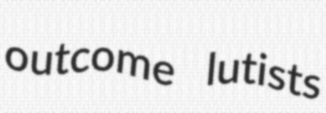
outcome lutists